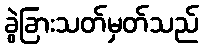
ခွဲခြားသတ်မှတ်သည်